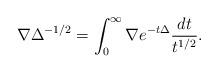
LaTeX: \begin{align*}\nabla \Delta^{-1/2} =\int_{0}^{\infty} \nabla e^{-t\Delta} \frac{dt}{t^{1/2}}.\end{align*}